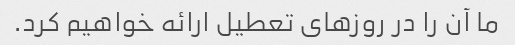
ما آن را در روزهای تعطیل ارائه خواهیم کرد.